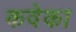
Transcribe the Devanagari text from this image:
कवेका